Vaccine operations Central Provinces & Berar 1912-1920 - 1912-1920
Year: 1912
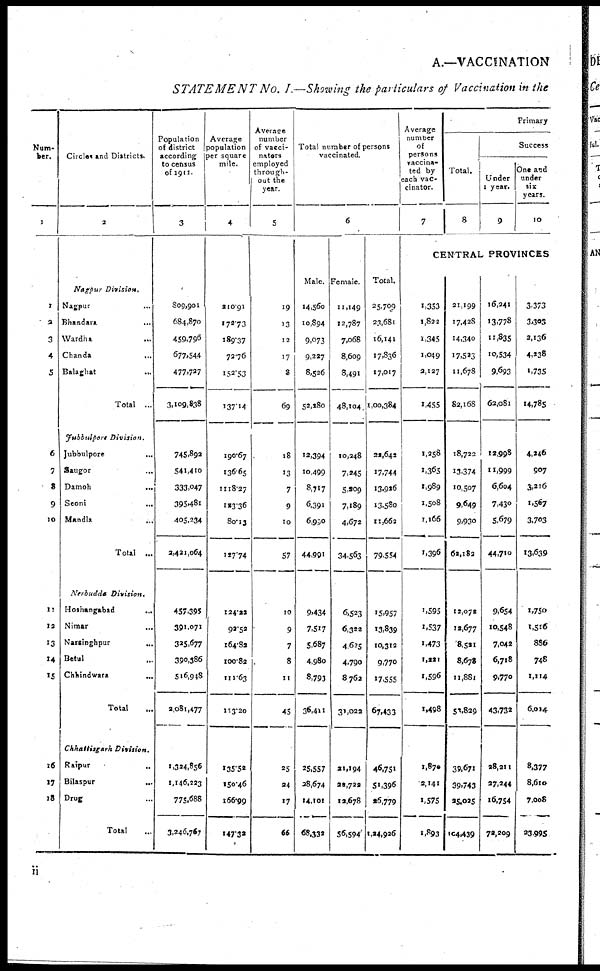
A.—VACCINATION
STATEMENT No. I.—Showing the particulars of Vaccination in the
Num-
ber.
1
1
2
3
4
5
6
7
8
9
10
11
12
13
14
15
16
17
18
Circles and Districts.
2
Nagpur
Division.
Nagpur ...
Bhandara
...
Wardha ...
Chanda
...
Balaghat ...
Total
...
Jubbulpore
Division.
Jubbulpore
...
Saugor
...
Damoh
...
Seoni
...
Mandla
...
Total
...
Nerbudds
Division.
Hoshangabad ...
Nimar
...
Narsinghpur
...
Betul ...
Chhindwara ...
Total ...
Chhattisgarh
Division.
Raipur ...
Bilaspur
...
Drug ...
Total ...
Population
of district
according
to census
of 1911.
3
809,901
684,870
459,796
677,544
477,727
3,109,838
745,892
541,410
333,047
395,481
405,234
2,421,064
457,395
391,071
325,677
390,386
516,948
2,081,477
1,324,856
1,146,223
775,688
3,246,767
Average
population
per square
mile.
4
210.91
172.73
189.37
72.76
152.53
137.14
190.67
136.65
1118.27
123.36
80.13
127.74
124.22
92.52
164.82
100.82
111.63
113.20
135.52
150.46
166.99
147.32
Average
number
of vacci-
nators
employed
through-
out the
year.
5
19
13
12
17
8
69
18
13
7
9
10
57
10
9
7
8
11
45
25
24
17
66
Total number of persons
vaccinated.
6
Male.
14,560
10,894
9,073
9,227
8,526
52,180
12,394
10,499
8,717
6,391
6,990
44,991
9,434
7,517
5,687
4,980
8,793
36,411
25,557
28,674
14,101
68,332
Female.
11,149
12,787
7,068
8,609
8,491
48,104
10,248
7,245
5,209
7,189
4,672
34,563
6,523
6,322
4,625
4,790
8,762
31,022
21,194
22,722
12,678
56,594
Total.
25,709
23,681
16,141
17,836
17,017
1,00,384
22,642
17,744
13,926
13,580
11,662
79,554
15,957
13,839
10,312
9,770
17,555
67,433
46,751
51,396
26,779
1,24,926
Average
number
of
persons
vaccina¬
ted by
each vac-
cinator.
7
Primary
Total.
8
Success
Under
1 year.
9
One and
under
six
years.
10
CENTRAL PROVINCES
1,353
1,822
1,345
1,049
2,127
1,455
1,258
1,365
1,989
1,508
1,166
1,396
1,595
1,537
1,473
1,221
1,596
1,498
1,870
2,141
1,575
1,893
21,199
17,428
14,340
17,523
11,678
82,168
18,722
13,374
10,507
9,649
9,930
62,182
12,072
12,677
8,521
8,678
11,881
52,829
39,671
39,743
25,025
104,439
16,241
13,778
11,835
10,534
9,693
62,081
12,998
11,999
6,604
7,430
5,679
44,710
9,654
10,548
7,042
6,718
9,770
43,732
28,211
27,244
16,754
72,209
3,373
3,303
2,136
4,238
1,735
14,785
4,246
907
3,216
1,567
3,703
13,639
1,750
1,516
886
748
1,114
6,014
8,377
8,610
7,008
23,995
ii